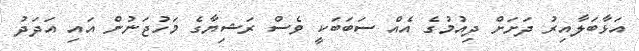
އަޅާބަލާއިރު ދަށަށް ދިއުމުގެ އެއް ސަބަބަކީ ވެސް ރަޝިޔާގެ މަހުޖަނުން އައި އަދަދު